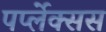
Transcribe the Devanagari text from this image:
पर्प्लेक्सस